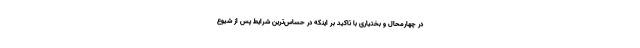
در چهارمحال و بختیاری با تاکید بر اینکه در حساس‌ترین شرایط پس از شیوع